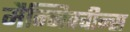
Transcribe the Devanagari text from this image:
मैन्निक्वीन्स